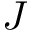
J